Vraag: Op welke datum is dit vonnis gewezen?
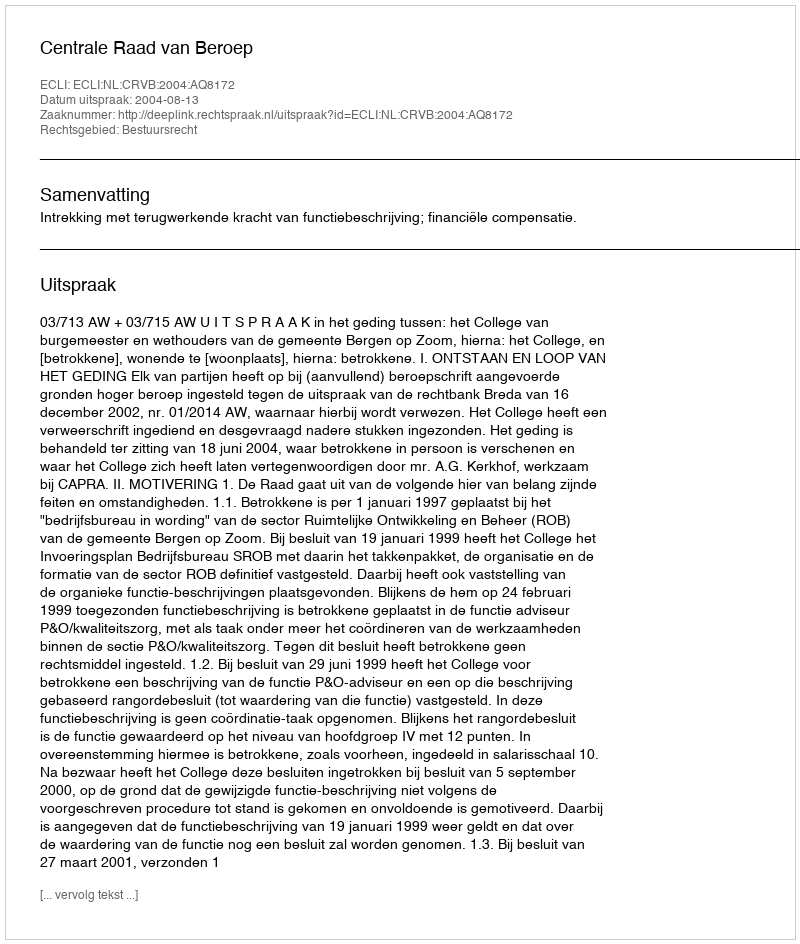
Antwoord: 2004-08-13